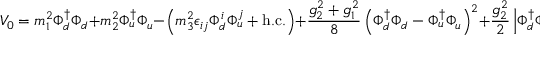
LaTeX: V _ { 0 } = m _ { 1 } ^ { 2 } \Phi _ { d } ^ { \dag } \Phi _ { d } + m _ { 2 } ^ { 2 } \Phi _ { u } ^ { \dag } \Phi _ { u } - \left( m _ { 3 } ^ { 2 } \epsilon _ { i j } \Phi _ { d } ^ { i } \Phi _ { u } ^ { j } + \mathrm { h . c . } \right) + \frac { g _ { 2 } ^ { 2 } + g _ { 1 } ^ { 2 } } { 8 } \left( \Phi _ { d } ^ { \dag } \Phi _ { d } - \Phi _ { u } ^ { \dag } \Phi _ { u } \right) ^ { 2 } + \frac { g _ { 2 } ^ { 2 } } { 2 } \left| \Phi _ { d } ^ { \dag } \Phi _ { u } \right| ^ { 2 } ,